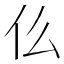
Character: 仫